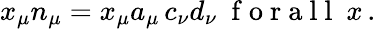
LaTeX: x_{\mu}n_{\mu}=x_{\mu}a_{\mu}\, c_{\nu}d_{\nu}\mathrm{~\ f~o~r~a~l~l~\ }x\, .